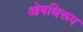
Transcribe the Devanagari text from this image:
ओषधिरूप